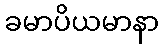
ခမာပိယမာနာ